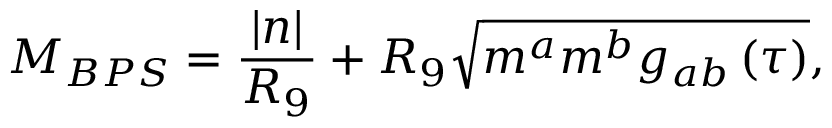
M _ { B P S } = \frac { \left| n \right| } { R _ { 9 } } + R _ { 9 } \sqrt { m ^ { a } m ^ { b } g _ { a b } \left( \tau \right) } ,